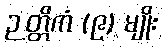
ဉတ္တိကံ (၉) မျိုး